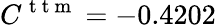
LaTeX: C^{\mathrm{~t~t~m~}}=-0.4202